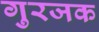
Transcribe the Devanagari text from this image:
गुरजक